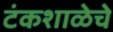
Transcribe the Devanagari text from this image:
टंकशाळेचे